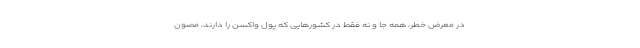
در معرض خطر، همه جا و نه فقط در کشورهایی که پول واکسن را دارند، مصون